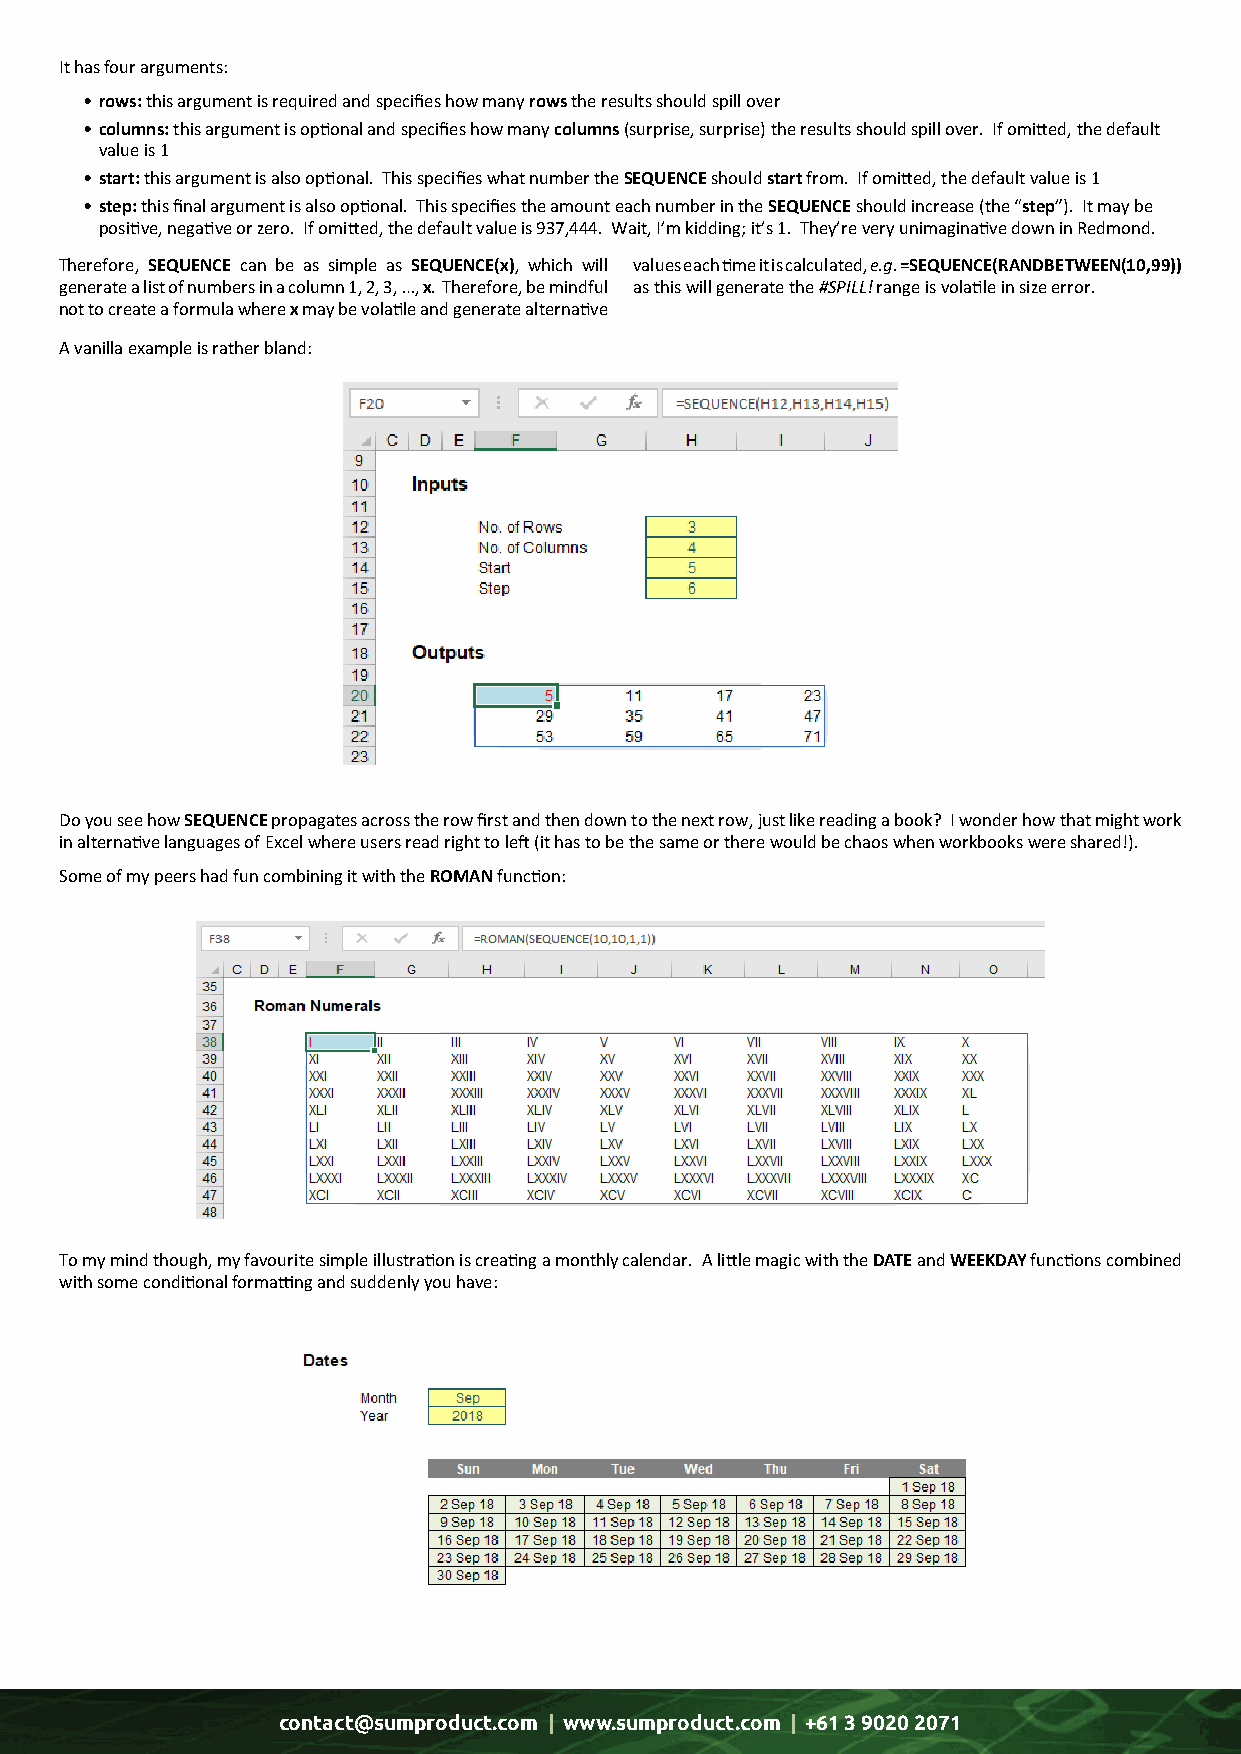
It has four arguments:
 • rows: this argument is required and specifies how many rows the results should spill over
 • columns: this argument is optional and specifies how many columns (surprise, surprise) the results should spill over. If omitted, the default
 value is 1
 • start: this argument is also optional. This specifies what number the SEQUENCE should start from. If omitted, the default value is 1
 • step: this final argument is also optional. This specifies the amount each number in the SEQUENCE should increase (the “step”). It may be
 positive, negative or zero. If omitted, the default value is 937,444. Wait, I’m kidding; it’s 1. They’re very unimaginative down in Redmond.
 Therefore, SEQUENCE can be as simple as SEQUENCE(x), which will values each time it is calculated, e.g. =SEQUENCE(RANDBETWEEN(10,99))
 generate a list of numbers in a column 1, 2, 3, …, x. Therefore, be mindful as this will generate the #SPILL! range is volatile in size error.
 not to create a formula where x may be volatile and generate alternative
 A vanilla example is rather bland:
 Do you see how SEQUENCE propagates across the row first and then down to the next row, just like reading a book? I wonder how that might work
 in alternative languages of Excel where users read right to left (it has to be the same or there would be chaos when workbooks were shared!).
 Some of my peers had fun combining it with the ROMAN function:
 To my mind though, my favourite simple illustration is creating a monthly calendar. A little magic with the DATE and WEEKDAY functions combined
 with some conditional formatting and suddenly you have:
 contact@sumproduct.com | www.sumproduct.com | +61 3 9020 2071